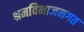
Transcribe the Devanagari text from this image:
श्रमविभाजनगत